Civil Veterinary Dept. Bombay admin report 1932-41 - 1932-1941
Year: 1932
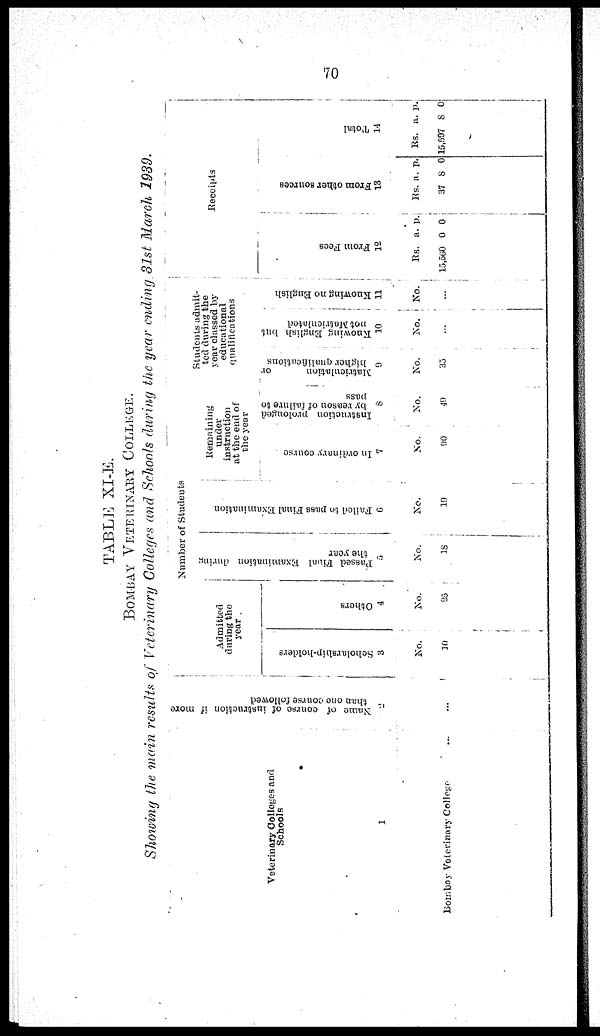
70
TABLE XI-E.
BOMBAY VETERINARY COLLEGE.
Showing the main results of Veterinary Colleges and Schools during the year ending 31st March 1939.
Veterinary Colleges and
Schools
1
Bomboy Veterinary College ...
Name of course of instruction if more
than one course followed
2
...
Number of Students
Admitted
during the
year.
Scholarship-holders
3
No.
10
Others
4
No.
25
Passed Final Examination during
the year
5
No.
18
Failed to pass Final Examination
6
No.
19
Remaining
under
instruction
at the end of
the year
In ordinary course
7
No.
90
Instruction prolonged
by reason of failure to
pass
8
No.
49
Students admit-
ted during the
year classed by
educational
qualifications
Matriculation
or
higher qualifications
9
No.
35
Knowing English but
not Matriculated
10
No.
...
Knowing no English
11
No.
...
Receipts
Fr om Fees
12
Rs.
15,560
a.
0
p.
0
Fr om ot he r s our c e s
13
Rs.
37
a.
8
p.
0
Total
14
Rs.
15,597
a.
8
p.
0